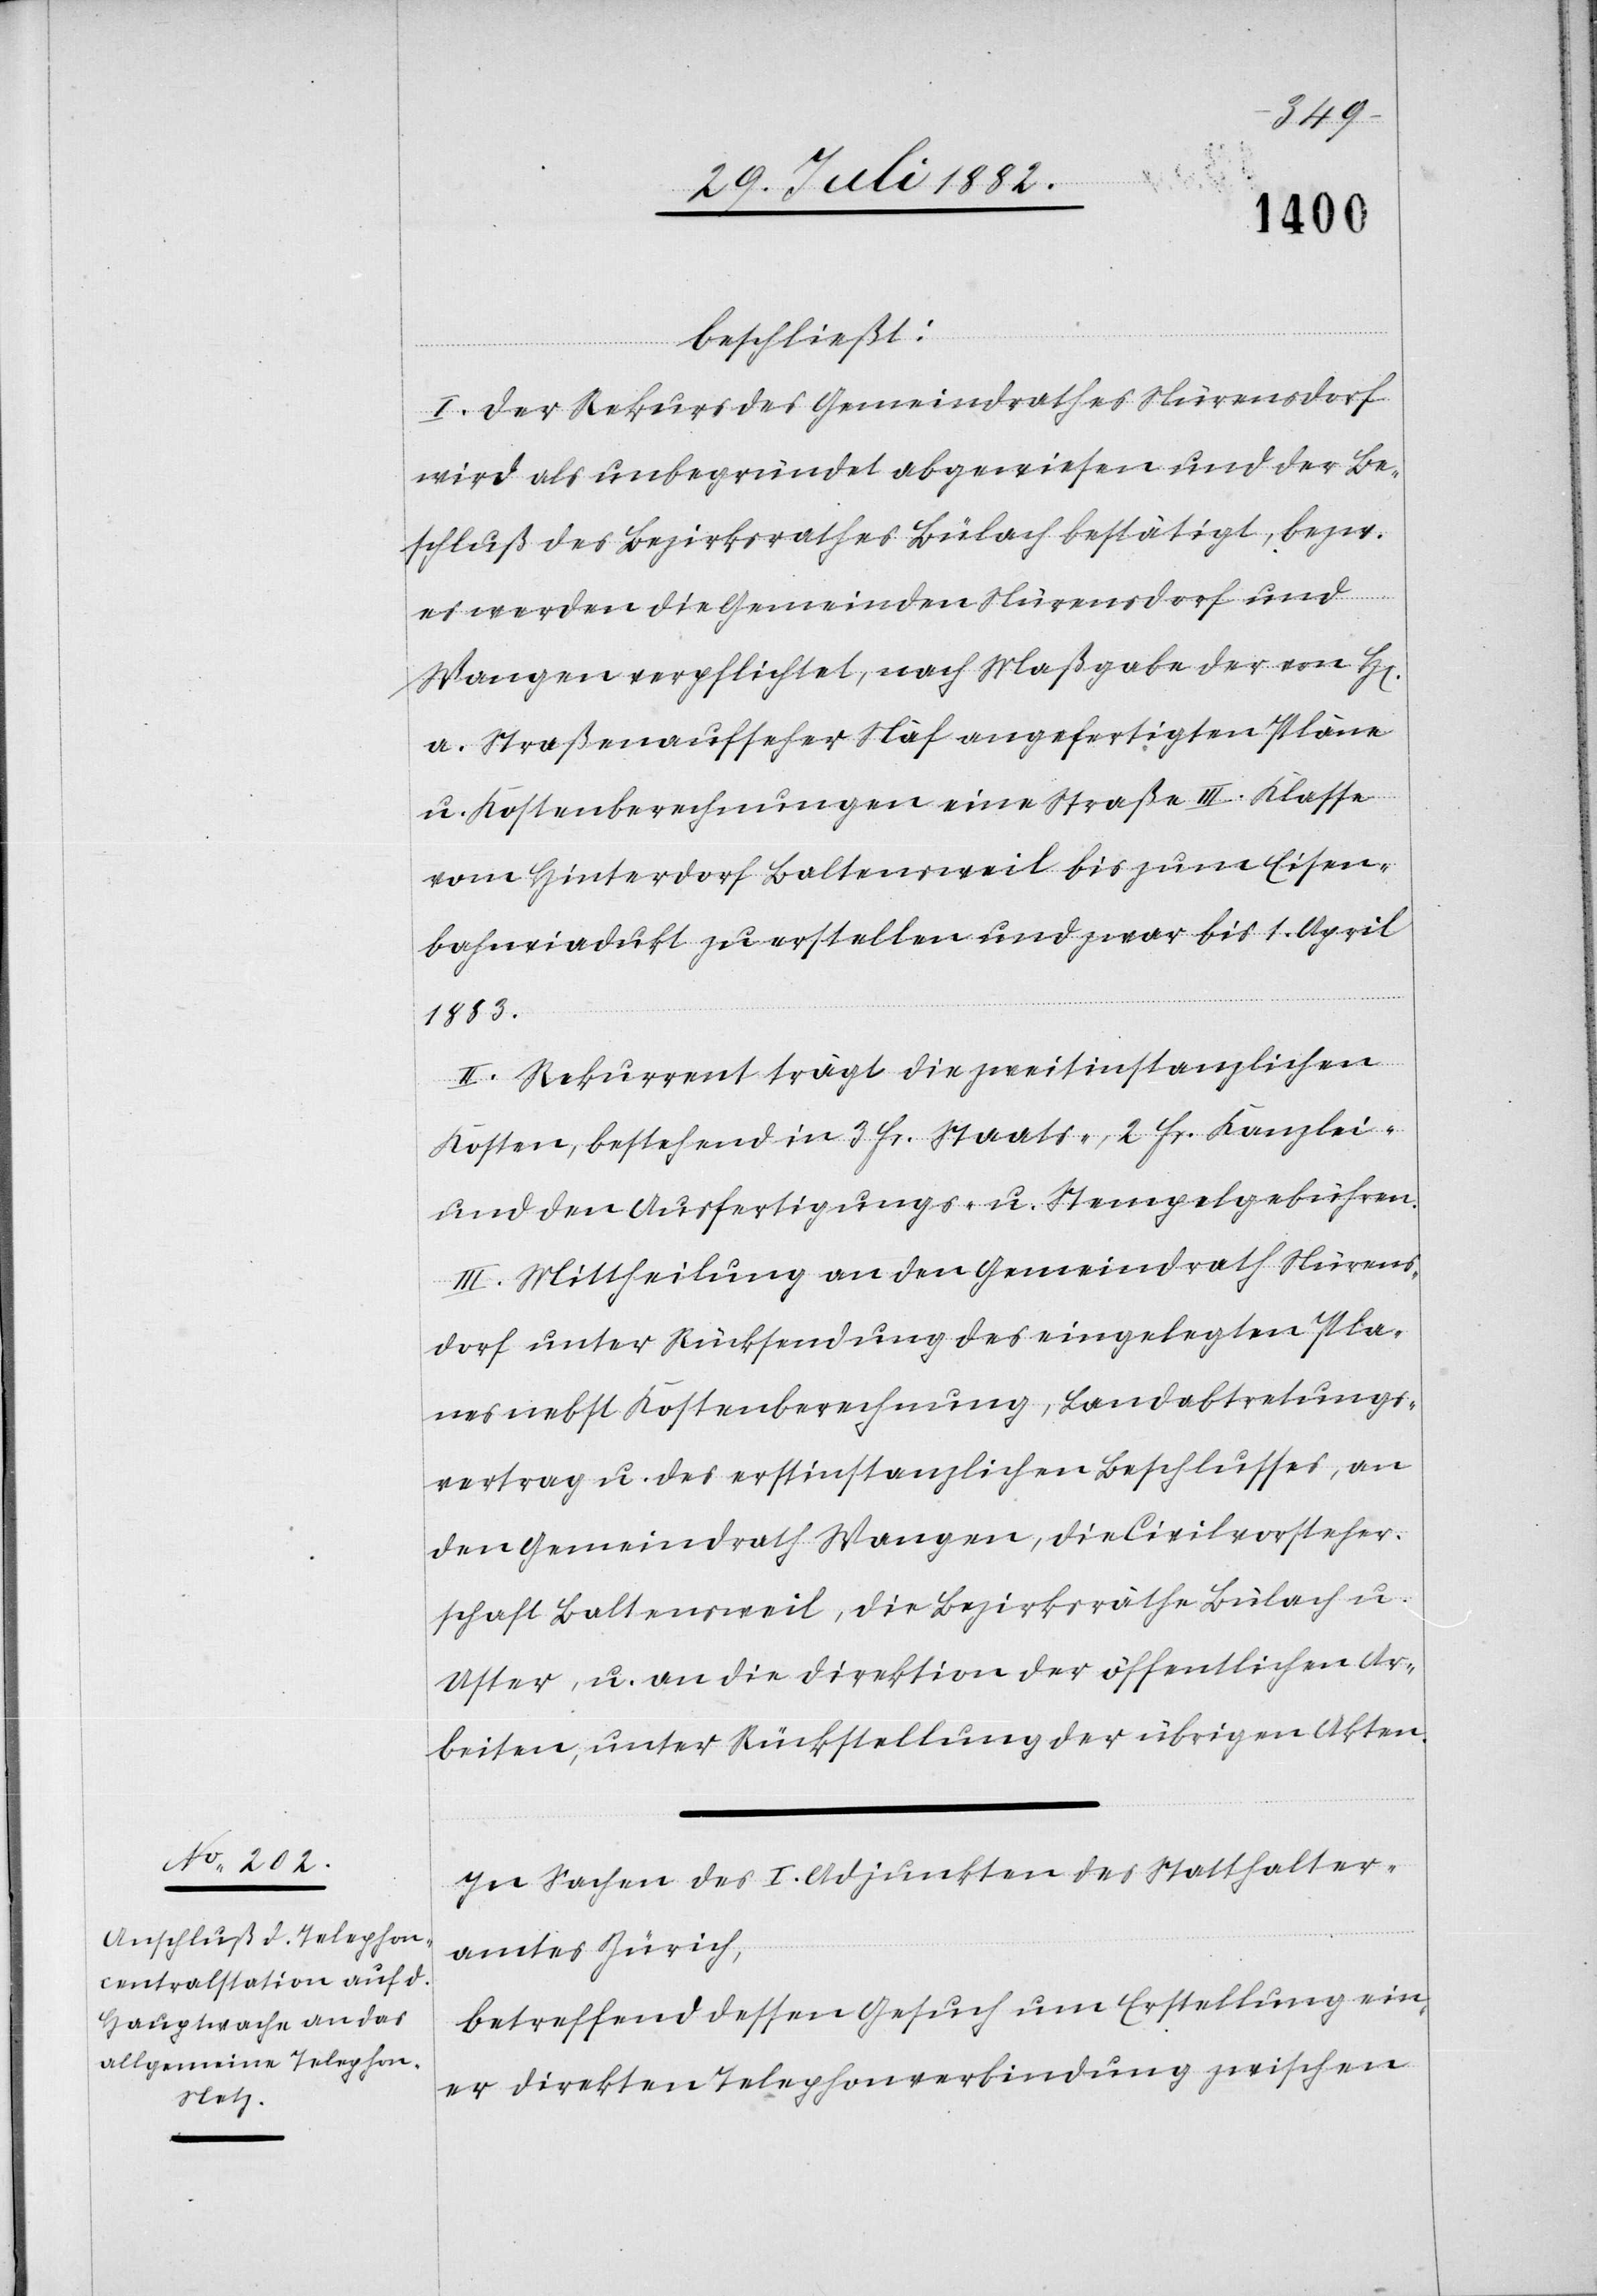
n]

beschließt:
I. Der Rekurs des Gemeindrathes Nürensdorf
wird als unbegründet abgewiesen und der Be¬
schluß des Bezirksrathes Bülach bestätigt, bezw.
es werden die Gemeinden Nürensdorf und
Wangen verpflichtet, nach Maßgabe der von H[e¬
a. Straßenaufseher Näf angefertigten Pläne
u. Kostenberechnungen eine Straße III. Klasse
vom Hinterdorf Baltensweil bis zum Eisen¬
bahnviadukt zu erstellen und zwar bis 1. April
1883.
II. Rekurrent trägt die zweitinstanzlichen
Koste, bestehend in 3 Fr. Staats-, 2 Fr. Kanzlei-
und den Ausfertigungs- u. Stempelgebühren.
III. Mittheilung an den Gemeindrath Nürens¬
dorf unter Rücksendung des eingelegten Pla¬
nes nebst Kostenberechnung, Landabtretungs¬
vertrag u. des erstinstanzlichen Beschlusses, an
den Gemeindrath Wangen, die Civilvorsteher¬
schaft Baltensweil, die Bezirksräthe Bülach u.
Uster, u. an die Direktion der öffentlichen Ar¬
beiten, unter Rückstellung der übrigen Akten.
In Sachen des I. Adjunkten des Statthalter¬
amtes Zürich,
betreffend dessen Gesuch um Erstellung ein¬
er direkten Telephonverbindung zwischen